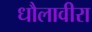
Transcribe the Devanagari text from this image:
धौलावीरा